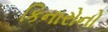
કિનારોનો